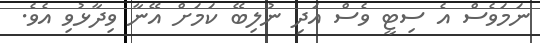
ނަމަވެސް އެ ސިޓީ ވެސް އަދި ނުލިބޭ ކަމަށް އޭނާ ވިދާޅުވި އެވެ.